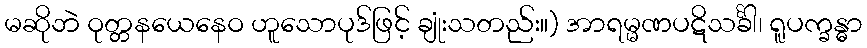
မဆိုဘဲ ဝုတ္တနယေနေဝ ဟူသောပုဒ်ဖြင့် ချုံးသတည်း။) အာရမ္မဏပဋိသင်္ခါ၊ ရူပက္ခန္ဓာ